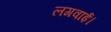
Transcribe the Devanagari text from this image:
लगवाई।